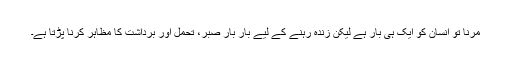
مرنا تو انسان کو ایک ہی بار ہے لیکن زندہ رہنے کے لیے بار بار صبر، تحمل اور برداشت کا مظاہر کرنا پڑتا ہے۔